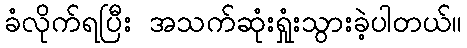
ခံလိုက်ရပြီး အသက်ဆုံးရှုံးသွားခဲ့ပါတယ်။